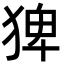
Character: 猈